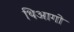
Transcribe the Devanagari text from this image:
थिआगो